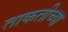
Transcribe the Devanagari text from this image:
ताकतीच्या